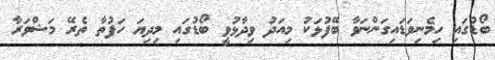
ބޯޑުގައި ހިމެނިވަޑައިގަންނަވާ ބޭފުޅަކު މިއަދު ވިދާޅުވީ ބޯޑުގައި މިދިޔަ ހަފުތާ ތެރޭ މަޝްވަރާ